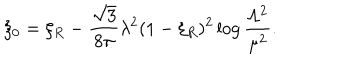
LaTeX: \xi _ { 0 } = \xi _ { R } - \frac { \sqrt { 3 } } { 8 \pi } \lambda ^ { 2 } ( 1 - \xi _ { R } ) ^ { 2 } \log \frac { \Lambda ^ { 2 } } { \mu ^ { 2 } } .